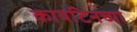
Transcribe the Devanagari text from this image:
कायटिनच्या